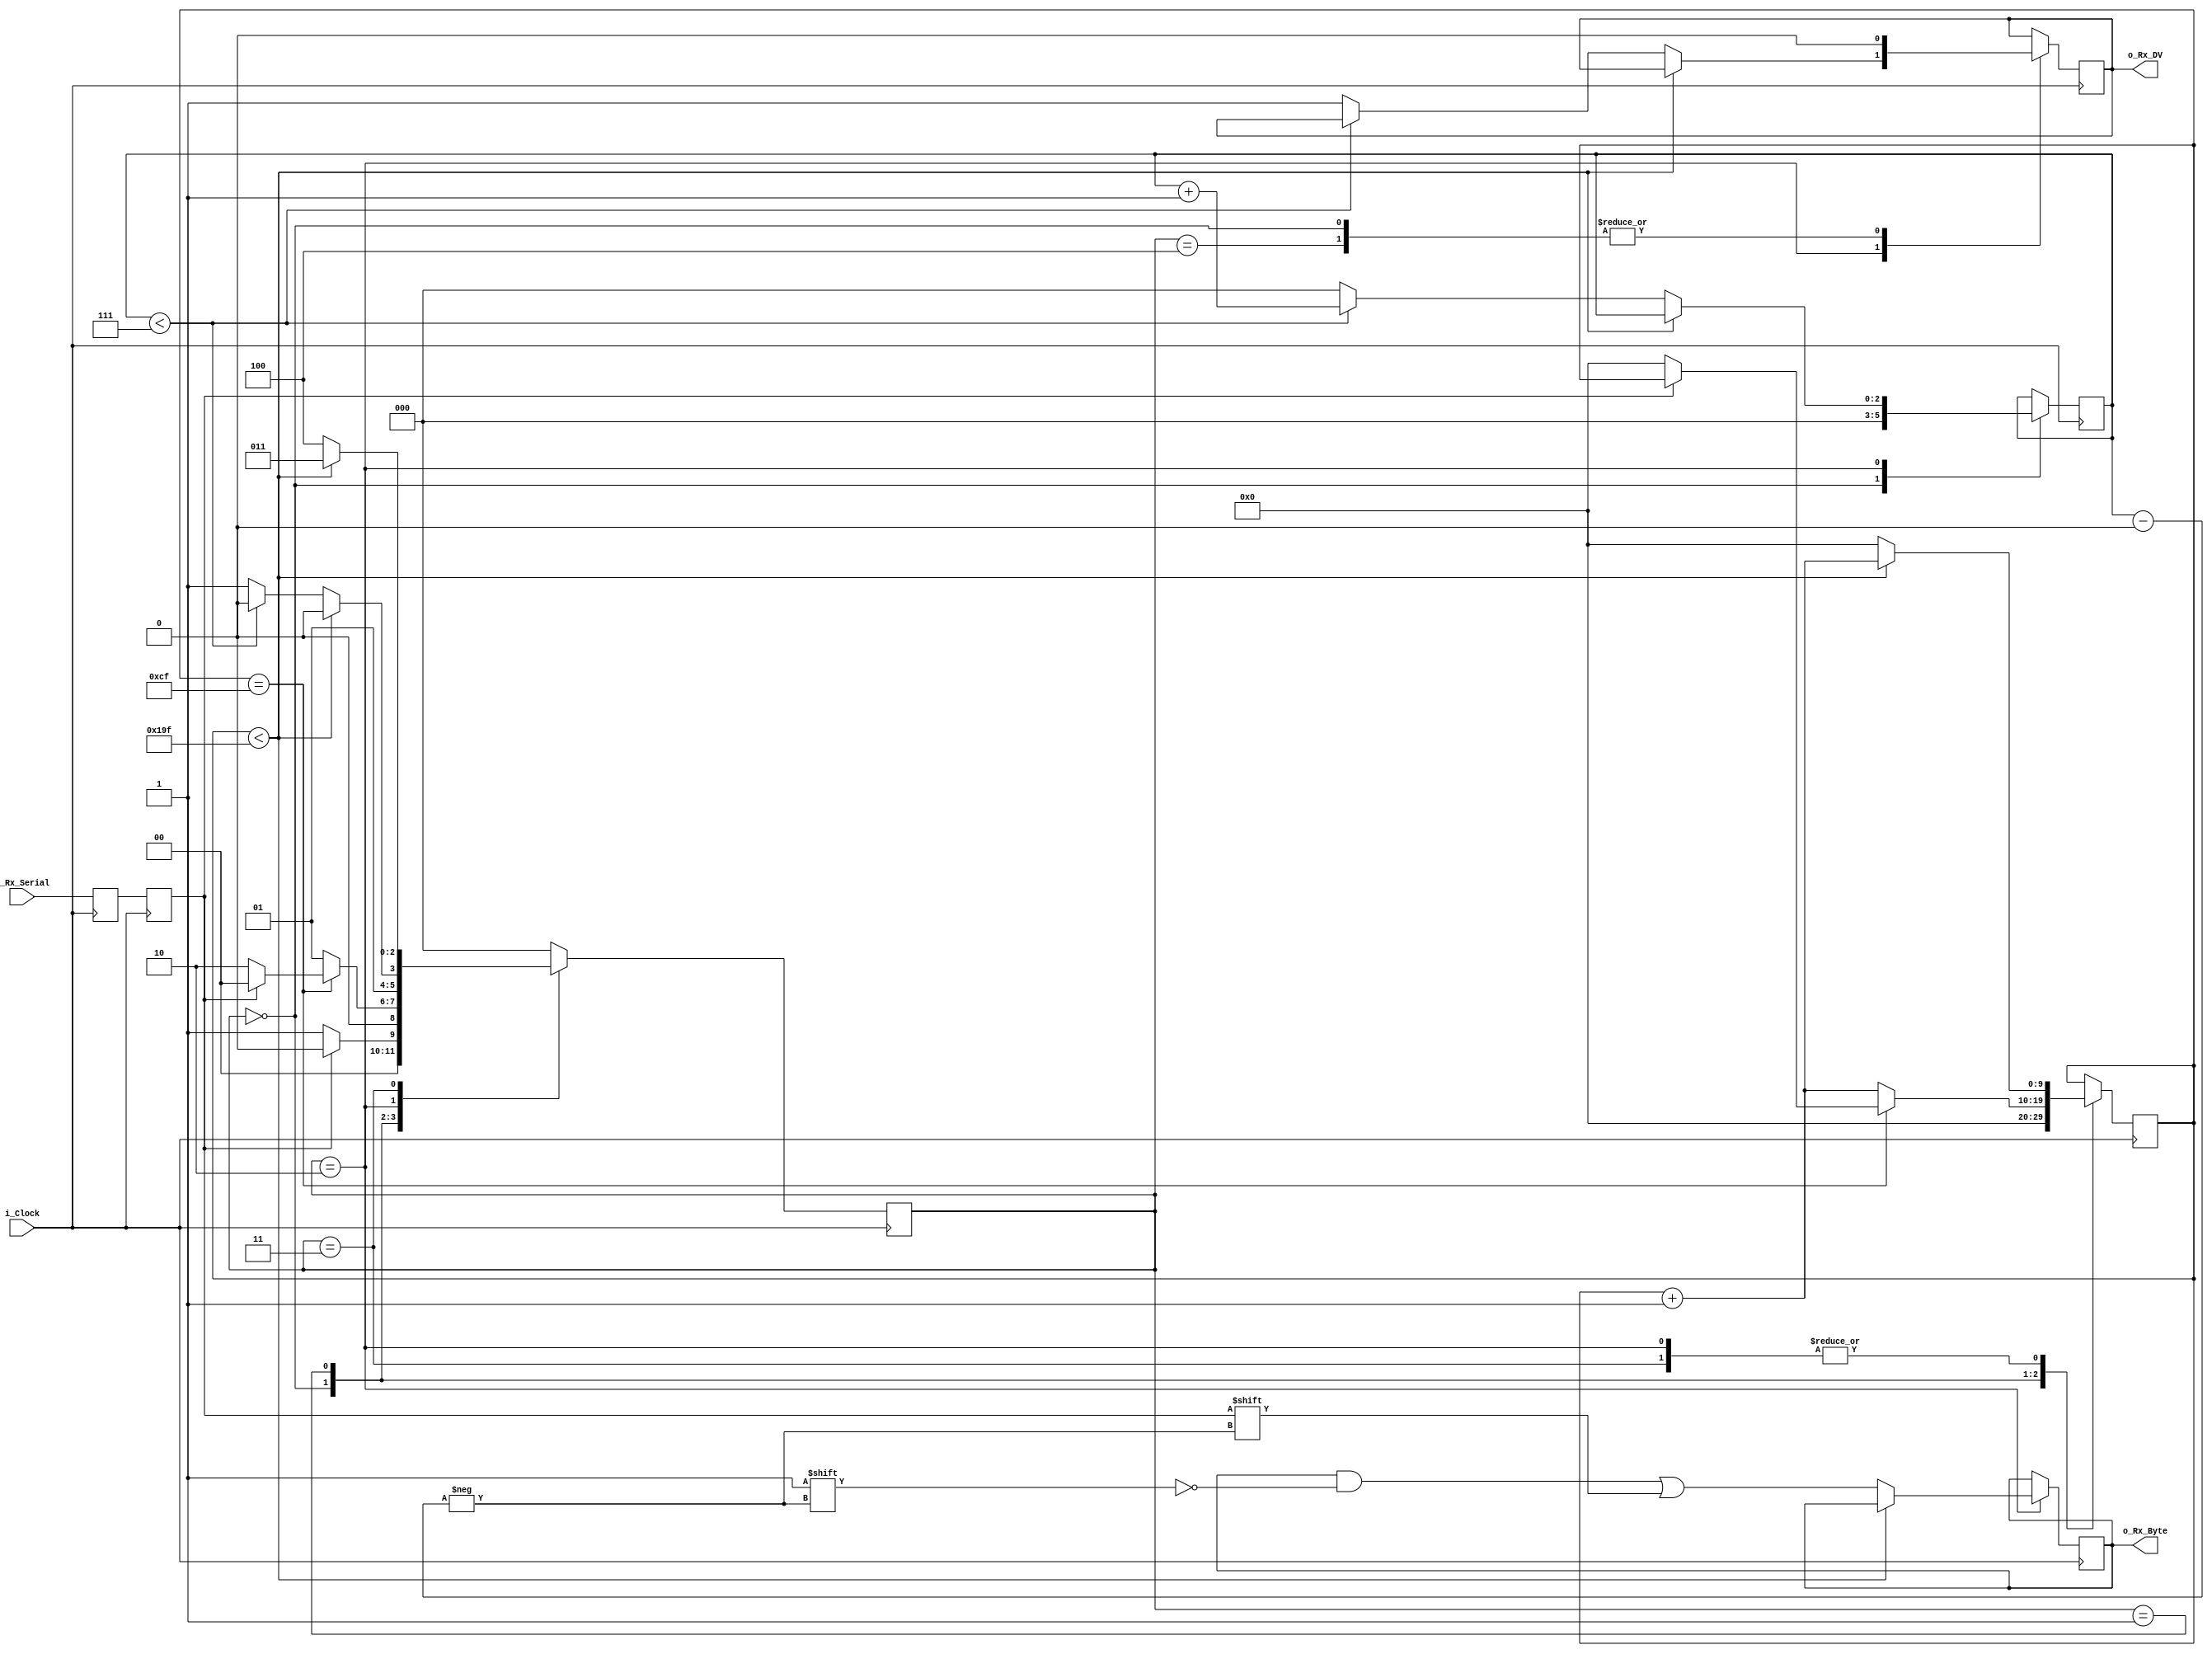
	
//////////////////////////////////////////////////////////////////////
// File Downloaded from http://www.nandland.com
//////////////////////////////////////////////////////////////////////
// This file contains the UART Receiver.  This receiver is able to
// receive 8 bits of serial data, one start bit, one stop bit,
// and no parity bit.  When receive is complete o_rx_dv will be
// driven high for one clock cycle.
// 
// Set Parameter CLKS_PER_BIT as follows:
// CLKS_PER_BIT = (Frequency of i_Clock)/(Frequency of UART)
// Example: 12 MHz Clock, 115200 baud UART
// (48000000)/(256000) = ~187 (0.27% error)
  
module serial_rx 
#(
  parameter BAUDRATE=115200,
  parameter CLOCK_FREQUENCY=48000000
)
(
 input        i_Clock,
 input        i_Rx_Serial,
 output       o_Rx_DV,
 output [7:0] o_Rx_Byte
);
  
localparam CLKS_PER_BIT = CLOCK_FREQUENCY/BAUDRATE;
localparam BAUD_COUNTER_WIDTH = $clog2(CLKS_PER_BIT);

parameter s_IDLE         = 3'b000;
parameter s_RX_START_BIT = 3'b001;
parameter s_RX_DATA_BITS = 3'b010;
parameter s_RX_STOP_BIT  = 3'b011;
parameter s_CLEANUP      = 3'b100;
 
reg           r_Rx_Data_R = 1'b1;
reg           r_Rx_Data   = 1'b1;
 
reg [BAUD_COUNTER_WIDTH:0]      r_Baud_Clock_Count = 0;
reg [2:0]                       r_Bit_Index        = 0; //8 bits total
reg [7:0]                       r_Rx_Byte          = 0;
reg                             r_Rx_DV            = 0;
reg [2:0]                       r_SM_Main          = 0;
 
// Purpose: Double-register the incoming data.
// This allows it to be used in the UART RX Clock Domain.
// (It removes problems caused by metastability)
always @(posedge i_Clock)
  begin
    r_Rx_Data_R <= i_Rx_Serial;
    r_Rx_Data   <= r_Rx_Data_R;
  end
 
 
// Purpose: Control RX state machine
always @(posedge i_Clock)
  begin
     
    case (r_SM_Main)
      s_IDLE :
        begin
          r_Rx_DV       <= 1'b0;
          r_Baud_Clock_Count <= 0;
          r_Bit_Index   <= 0;
           
          if (r_Rx_Data == 1'b0)          // Start bit detected
            r_SM_Main <= s_RX_START_BIT;
          else
            r_SM_Main <= s_IDLE;
        end
       
      // Check middle of start bit to make sure it's still low
      s_RX_START_BIT :
        begin
          if (r_Baud_Clock_Count == (CLKS_PER_BIT-1)>>1)
            begin
              if (r_Rx_Data == 1'b0)
                begin
                  r_Baud_Clock_Count <= 0;  // reset counter, found the middle
                  r_SM_Main     <= s_RX_DATA_BITS;
                end
              else
                r_SM_Main <= s_IDLE;
            end
          else
            begin
              r_Baud_Clock_Count <= r_Baud_Clock_Count + 1;
              r_SM_Main     <= s_RX_START_BIT;
            end
        end // case: s_RX_START_BIT
       
       
      // Wait CLKS_PER_BIT-1 clock cycles to sample serial data
      s_RX_DATA_BITS :
        begin
          if (r_Baud_Clock_Count < CLKS_PER_BIT-1)
            begin
              r_Baud_Clock_Count <= r_Baud_Clock_Count + 1;
              r_SM_Main     <= s_RX_DATA_BITS;
            end
          else
            begin
              r_Baud_Clock_Count          <= 0;
              r_Rx_Byte[r_Bit_Index] <= r_Rx_Data;
               
              // Check if we have received all bits
              if (r_Bit_Index < 7)
                begin
                  r_Bit_Index <= r_Bit_Index + 1;
                  r_SM_Main   <= s_RX_DATA_BITS;
                end
              else
                begin
                  r_Bit_Index <= 0;
                  r_SM_Main   <= s_RX_STOP_BIT;
                  r_Rx_DV       <= 1'b1;
                end
            end
        end // case: s_RX_DATA_BITS
   
   
      // Receive Stop bit.  Stop bit = 1
      s_RX_STOP_BIT :
        begin
          // Wait CLKS_PER_BIT-1 clock cycles for Stop bit to finish
          if (r_Baud_Clock_Count < CLKS_PER_BIT-1)
            begin
              r_Baud_Clock_Count <= r_Baud_Clock_Count + 1;
              r_SM_Main     <= s_RX_STOP_BIT;
            end
          else
            begin
              r_Baud_Clock_Count <= 0;
              r_SM_Main     <= s_CLEANUP;
            end
        end // case: s_RX_STOP_BIT
   
       
      // Stay here 1 clock
      s_CLEANUP :
        begin
          r_SM_Main <= s_IDLE;
          r_Rx_DV   <= 1'b0;
        end
       
       
      default :
        r_SM_Main <= s_IDLE;
       
    endcase
  end   
 
assign o_Rx_DV   = r_Rx_DV;
assign o_Rx_Byte = r_Rx_Byte;
 
endmodule // serial_rx